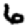
Digit: 6